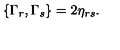
\{ \Gamma _ { r } , \Gamma _ { s } \} = 2 \eta _ { r s } .